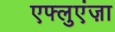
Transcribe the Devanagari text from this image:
एफ्लुएंज़ा